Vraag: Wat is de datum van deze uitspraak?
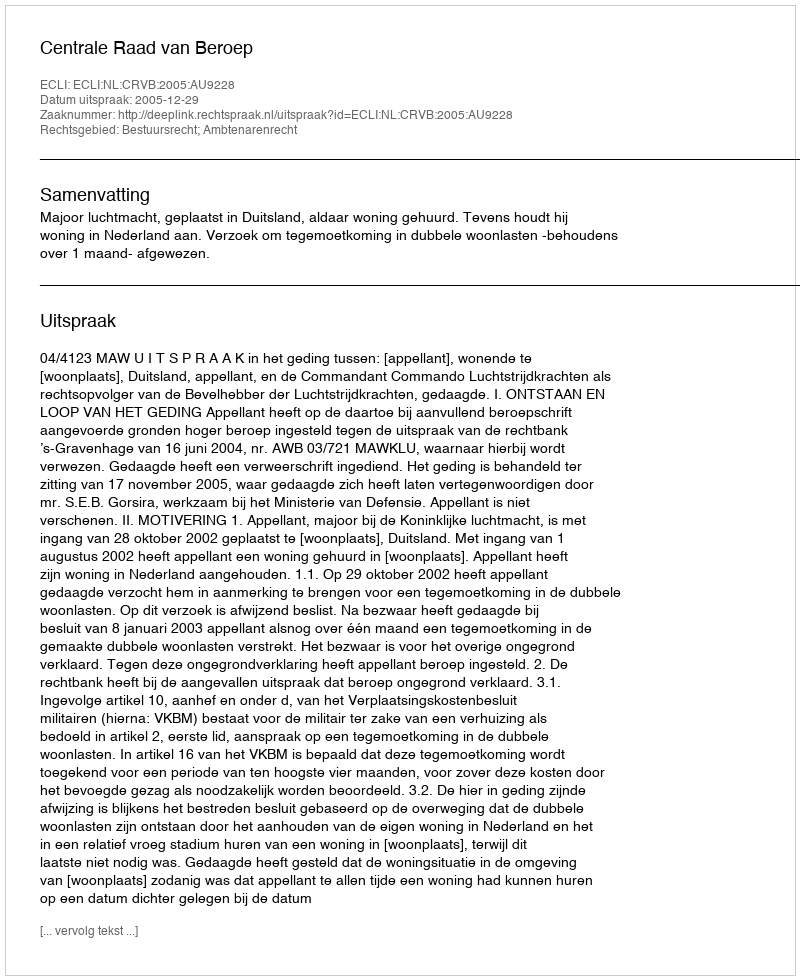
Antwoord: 2005-12-29